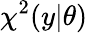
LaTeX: \chi^{2}(y|\theta)